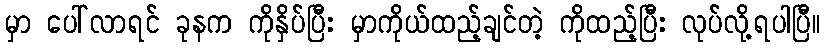
မှာ ပေါ်လာရင် ခုနက ကိုနှိပ်ပြီး မှာကိုယ်ထည့်ချင်တဲ့ ကိုထည့်ပြီး လုပ်လို့ရပါပြီ။